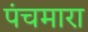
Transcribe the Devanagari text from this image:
पंचमारा